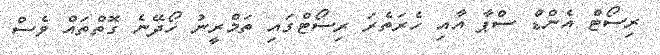
ރިސޯޓް އެންޑް ސްޕާ އާއި ހެރަތެރަ ރިސޯޓްގައި ތަމްރީނު ހޯދޭނެ ގޮތްތައް ވެސް